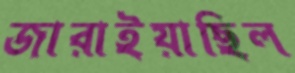
জারাইয়াছিল